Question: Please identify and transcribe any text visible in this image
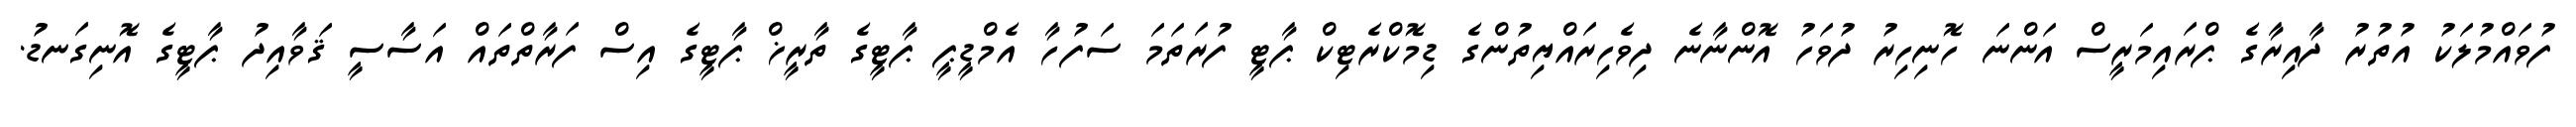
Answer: ފުވައްމުލަކު އުތުރު ދާއިރާގެ ޕްރައިމަރީސް އަންނަ ހޮނިހިރު ދުވަހު އޮންނާނެ ދިވެހިރައްޔިތުންގެ ޑިމޮކްރެޓިކް ޕާޓީ ފުރަތަމަ ސަފުހާ އެމްޑީޕީ ޕާޓީގެ ތާރީޚް ޕާޓީގެ އިސް ފަރާތްތައް އަސާސީ ޤަވާއިދު ޕާޓީގެ އޮނިގަނޑު.